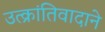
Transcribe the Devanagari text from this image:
उत्क्रांतिवादाने